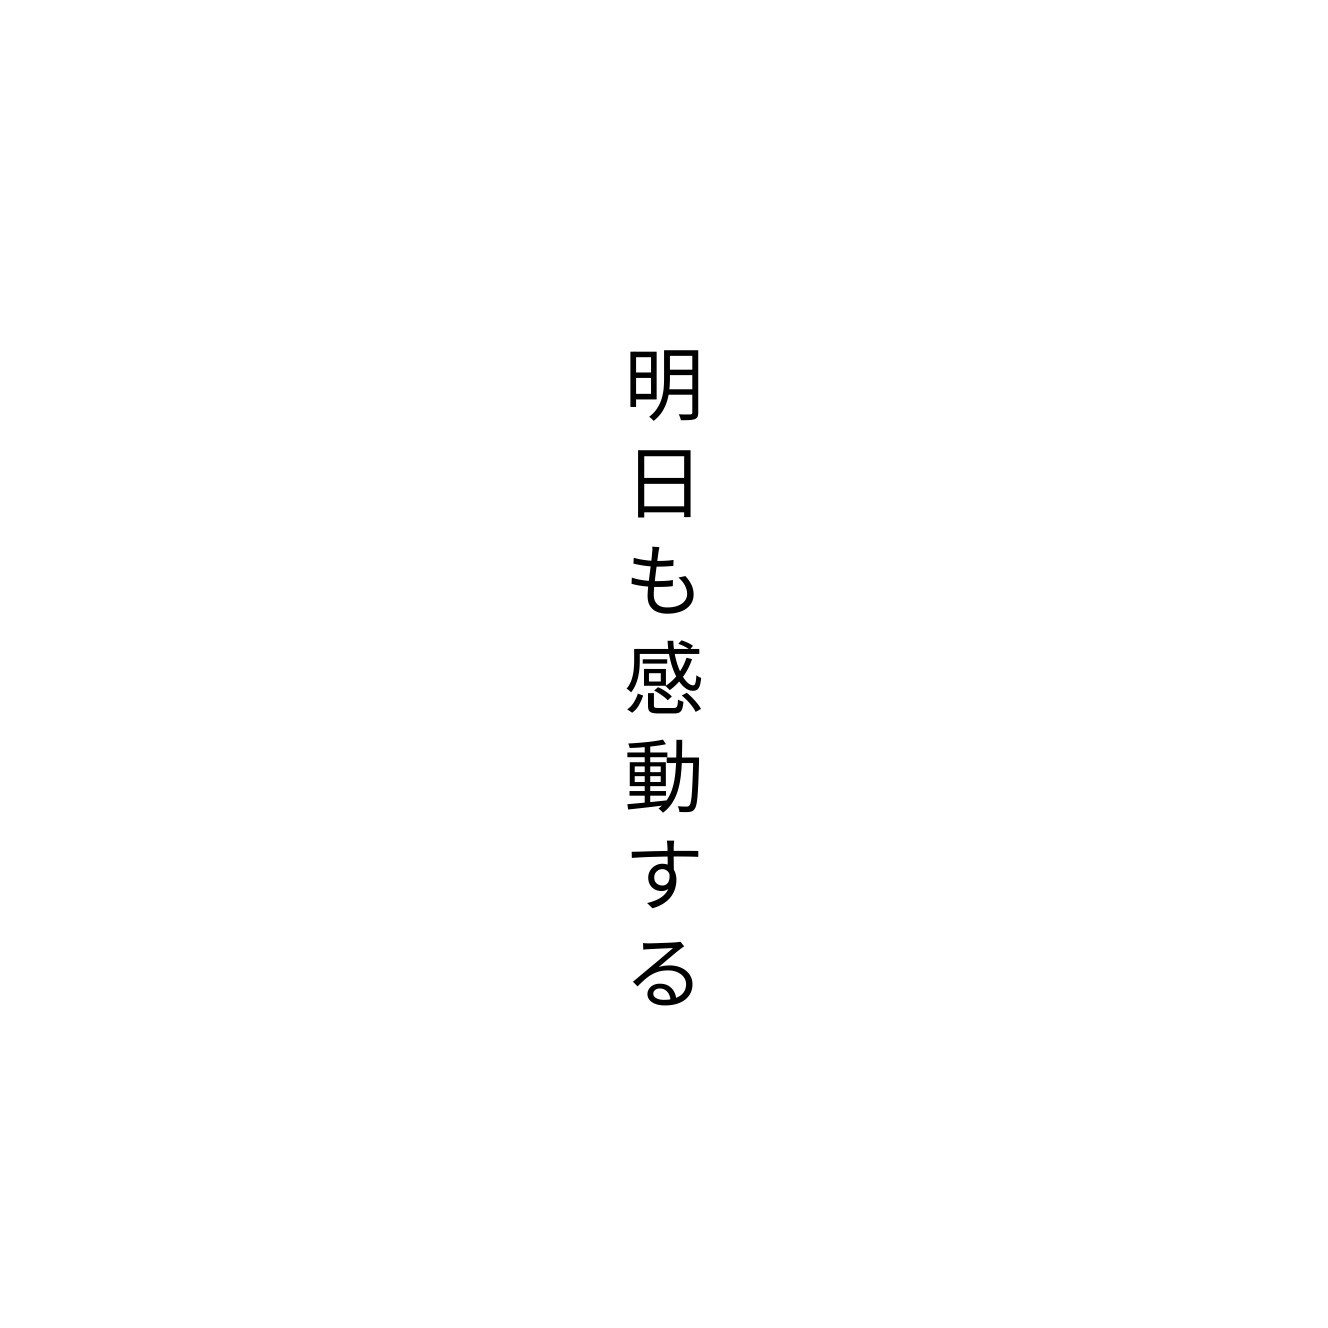
明日も感動する